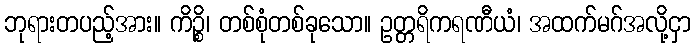
ဘုရားတပည့်အား။ ကိဉ္စိ၊ တစ်စုံတစ်ခုသော။ ဥတ္တရိကရဏီယံ၊ အထက်မဂ်အလို့ငှာ